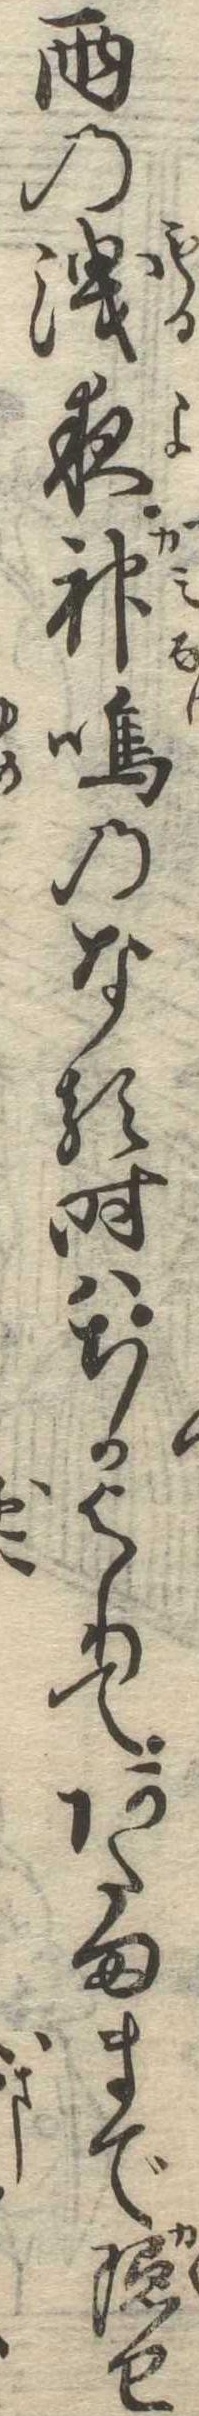
雨の洩夜神鳴のなる時はちかよりてあたままで隠せ